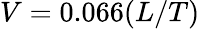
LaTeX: V=0.066(L/T)